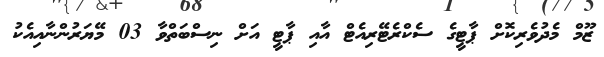
ޒޫމް މެދުވެރިކޮށް ޕާޓީގެ ސެކްރެޓޭރިއެޓް އާއި ޕާޓީ އަށް ނިސްބަތްވާ 03 މޭޔަރުންނާއިއެކު